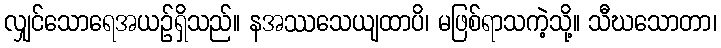
လျှင်သောရေအယဉ်ရှိသည်။ နအဿသေယျထာပိ၊ မဖြစ်ရာသကဲ့သို့။ သီဃသောတာ၊